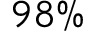
9 8 \%